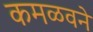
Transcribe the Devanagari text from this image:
कमळवने